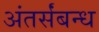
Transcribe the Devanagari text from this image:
अंतर्संबन्ध